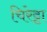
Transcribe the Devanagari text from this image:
चिरेट्टा